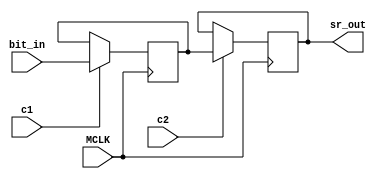
// This program was cloned from: https://github.com/nukeykt/Nuked-OPN2-FPGA
// License: GNU General Public License v2.0

module ym3438_sr_bit #(parameter SR_LENGTH = 1)
	(
	input MCLK,
	input c1,
	input c2,
	input bit_in,
	output sr_out
	);
	
	reg [SR_LENGTH-1:0] v1 = 0;
	reg [SR_LENGTH-1:0] v2 = 0;
	
	assign sr_out = v2[SR_LENGTH-1];
	
	always @(posedge MCLK)
	begin
		if (c1)
		begin
			if (SR_LENGTH == 1)
				v1 <= bit_in;
			else
				v1 <= { v2[SR_LENGTH-2:0], bit_in };
		end
		if (c2)
			v2 <= v1;
	end


endmodule

module ym3438_sr_bit_array #(parameter SR_LENGTH = 1, DATA_WIDTH = 16)
	(
	input MCLK,
	input c1,
	input c2,
	input [DATA_WIDTH-1:0] data_in,
	output [DATA_WIDTH-1:0] data_out
	);
	
	wire out[0:DATA_WIDTH-1];
	
	generate
		genvar i;
		for (i = 0; i < DATA_WIDTH; i = i + 1)
		begin : l1
			ym3438_sr_bit #(.SR_LENGTH(SR_LENGTH)) sr (
			.MCLK(MCLK),
			.c1(c1),
			.c2(c2),
			.bit_in(data_in[i]),
			.sr_out(out[i])
			);
			
			assign data_out[i] = out[i];
		end
	endgenerate

endmodule

module ym3438_cnt_bit #(parameter DATA_WIDTH = 1)
	(
	input MCLK,
	input c1,
	input c2,
	input c_in,
	input reset,
	output [DATA_WIDTH-1:0] val,
	output c_out
	);
	
	wire [DATA_WIDTH-1:0] data_in;
	wire [DATA_WIDTH-1:0] data_out;
	wire [DATA_WIDTH:0] sum;
	
	ym3438_sr_bit_array #(.DATA_WIDTH(DATA_WIDTH)) mem
		(
		.MCLK(MCLK),
		.c1(c1),
		.c2(c2),
		.data_in(data_in),
		.data_out(data_out)
		);
	
	assign sum = data_out + c_in;
	assign val = data_out;
	assign data_in = reset ? {DATA_WIDTH{1'h0}} : sum[DATA_WIDTH-1:0];
	assign c_out = sum[DATA_WIDTH];
	
endmodule

module ym3438_dlatch_1 #(parameter DATA_WIDTH = 1)
	(
	input MCLK,
	input c1,
	input [DATA_WIDTH-1:0] inp,
	output [DATA_WIDTH-1:0] val,
	output [DATA_WIDTH-1:0] nval
	);
	
	reg [DATA_WIDTH-1:0] mem = {DATA_WIDTH{1'h0}};
	
	always @(posedge MCLK)
	begin
		if (c1)
			mem <= inp;
	end
	
	assign val = mem;
	assign nval = ~mem;
	
endmodule

module ym3438_dlatch_2 #(parameter DATA_WIDTH = 1)
	(
	input MCLK,
	input c2,
	input [DATA_WIDTH-1:0] inp,
	output [DATA_WIDTH-1:0] val,
	output [DATA_WIDTH-1:0] nval
	);
	
	reg [DATA_WIDTH-1:0] mem = {DATA_WIDTH{1'h0}};
	
	always @(posedge MCLK)
	begin
		if (c2)
			mem <= inp;
	end
	
	assign val = mem;
	assign nval = ~mem;
	
endmodule

module ym3438_edge_detect
	(
	input MCLK,
	input c1,
	input inp,
	output outp
	);
	
	wire prev_out;
	
	ym3438_dlatch_1 prev
		(
		.MCLK(MCLK),
		.c1(c1),
		.inp(inp),
		.val(prev_out),
		.nval()
		);
	assign outp = ~(prev_out | ~inp);
endmodule

module ym3438_slatch #(parameter DATA_WIDTH = 1)
	(
	input MCLK,
	input en,
	input [DATA_WIDTH-1:0] inp,
	output [DATA_WIDTH-1:0] val,
	output [DATA_WIDTH-1:0] nval
	);
	
	reg [DATA_WIDTH-1:0] mem = {DATA_WIDTH{1'h0}};
	
	always @(posedge MCLK)
	begin
		if (en)
			mem <= inp;
	end
	
	assign val = mem;
	assign nval = ~mem;
	
endmodule

module ym3438_rs_trig
	(
	input MCLK,
	input set,
	input rst,
	output reg q = 0,
	output reg nq = 1
	);
	
	always @(posedge MCLK)
	begin
		if (rst)
			q <= 0;
		else if (set)
			q <= 1;
		if (set)
			nq <= 0;
		else if (rst)
			nq <= 1;
	end
	
endmodule

module ym3438_rs_trig_sync
	(
	input MCLK,
	input set,
	input rst,
	input c1,
	output reg q = 0,
	output reg nq = 1
	);
	
	always @(posedge MCLK)
	begin
		if (c1)
		begin
			if (rst)
				q <= 0;
			else if (set)
				q <= 1;
			if (set)
				nq <= 0;
			else if (rst)
				nq <= 1;
		end
	end
	
endmodule

module ym3438_cnt_bit_load #(parameter DATA_WIDTH = 1)
	(
	input MCLK,
	input c1,
	input c2,
	input c_in,
	input reset,
	input load,
	input [DATA_WIDTH-1:0] load_val,
	output [DATA_WIDTH-1:0] val,
	output c_out
	);
	
	wire [DATA_WIDTH-1:0] data_in;
	wire [DATA_WIDTH-1:0] data_out;
	wire [DATA_WIDTH:0] sum;
	
	ym3438_sr_bit_array #(.DATA_WIDTH(DATA_WIDTH)) mem
		(
		.MCLK(MCLK),
		.c1(c1),
		.c2(c2),
		.data_in(data_in),
		.data_out(data_out)
		);
	
	wire [DATA_WIDTH-1:0] base_val = load ? load_val : data_out;
	
	assign sum = base_val + c_in;
	assign data_in = reset ? {DATA_WIDTH{1'h0}} : sum[DATA_WIDTH-1:0];
	assign val = data_out;
	assign c_out = sum[DATA_WIDTH];
	
endmodule

module ym3438_dbg_read #(parameter DATA_WIDTH = 1)
	(
	input MCLK,
	input c1,
	input c2,
	input prev,
	input load,
	input [DATA_WIDTH-1:0] load_val,
	output next
	);
	
	wire [DATA_WIDTH-1:0] data_in;
	wire [DATA_WIDTH-1:0] data_out;
	
	ym3438_sr_bit_array #(.DATA_WIDTH(DATA_WIDTH)) mem
		(
		.MCLK(MCLK),
		.c1(c1),
		.c2(c2),
		.data_in(data_in),
		.data_out(data_out)
		);
		
	wire [DATA_WIDTH-1:0] chain;
	
	assign data_in = chain | (load ? load_val : {DATA_WIDTH{1'h0}});
	
	generate
		if (DATA_WIDTH == 1)
			assign chain = prev;
		else
			assign chain = { prev, data_out[DATA_WIDTH-1:1] };
	endgenerate
	
	assign next = data_out[0];
	
endmodule

module ym3438_dbg_read_eg #(parameter DATA_WIDTH = 1)
	(
	input MCLK,
	input c1,
	input c2,
	input prev,
	input load,
	input [DATA_WIDTH-1:0] load_val,
	output next
	);
	
	wire [DATA_WIDTH-1:0] data_in;
	wire [DATA_WIDTH-1:0] data_out;
	
	ym3438_sr_bit_array #(.DATA_WIDTH(DATA_WIDTH)) mem
		(
		.MCLK(MCLK),
		.c1(c1),
		.c2(c2),
		.data_in(data_in),
		.data_out(data_out)
		);
		
	wire [DATA_WIDTH-1:0] chain;
	
	assign data_in = chain | (load ? load_val : {DATA_WIDTH{1'h0}});
	
	generate
		if (DATA_WIDTH == 1)
			assign chain = prev;
		else
			assign chain = { data_out[DATA_WIDTH-2:0], prev };
	endgenerate
	
	assign next = data_out[DATA_WIDTH-1];
	
endmodule